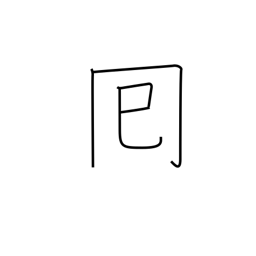
Meaning: round